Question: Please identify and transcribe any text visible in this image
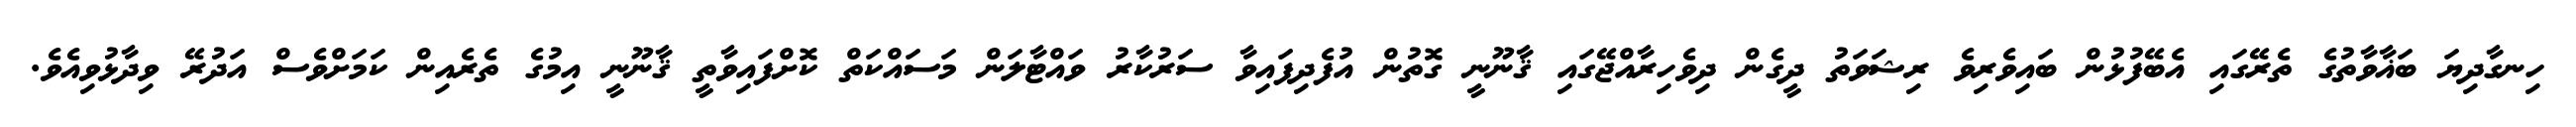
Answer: ހިނގާދިޔަ ބަޣާވާތުގެ ތެރޭގައި އެބޭފުޅުން ބައިވެރިވެ ރިޝަވަތު ދީގެން ދިވެހިރާއްޖޭގައި ޤާނޫނީ ގޮތުން އުފެދިފައިވާ ސަރުކާރު ވައްޓާލަން މަސައްކަތް ކޮށްފައިވާތީ ޤާނޫނީ އިމުގެ ތެރެއިން ކަމަށްވެސް އަދުރޭ ވިދާޅުވިއެވެ.